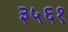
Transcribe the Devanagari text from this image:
३५६१